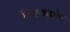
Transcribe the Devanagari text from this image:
विश्‍वकोष